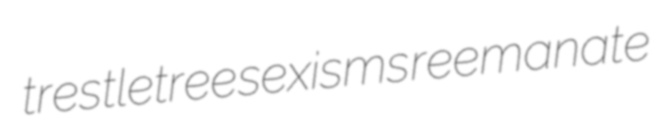
trestletree sexisms reemanate